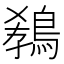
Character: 𪁡